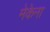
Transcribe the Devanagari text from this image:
मेकेना